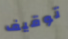
توقيف